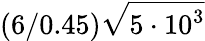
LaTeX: (6/0.45)\sqrt{5\cdot 10^{3}}